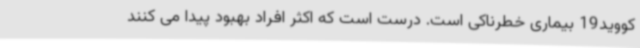
کووید19 بیماری خطرناکی است. درست است که اکثر افراد بهبود پیدا می کنند